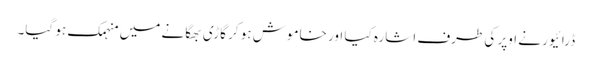
ڈرائیور نے اوپر کی طرف اشارہ کیا اور خاموش ہو کر گاڑی بھگانے میں منہمک ہو گیا۔